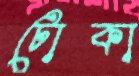
টোকা